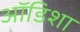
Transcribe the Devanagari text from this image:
ऑडिशा